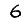
Digit: 6